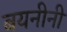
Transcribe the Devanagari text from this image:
बयनीनी